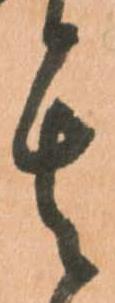
其